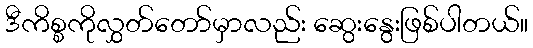
ဒီကိစ္စကိုလွှတ်တော်မှာလည်း ဆွေးနွေးဖြစ်ပါတယ်။